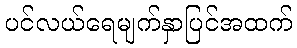
ပင်လယ်ရေမျက်နှာပြင်အထက်